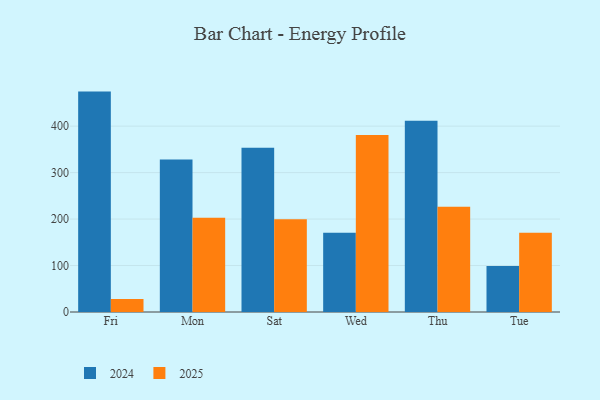
{"axis": {"x": "Day", "y": "Demand Index"}, "legend": ["2024", "2025"], "data": [{"x": "Fri", "y": 474.4, "type": "2024"}, {"x": "Fri", "y": 27.8, "type": "2025"}, {"x": "Mon", "y": 328.3, "type": "2024"}, {"x": "Mon", "y": 203.1, "type": "2025"}, {"x": "Sat", "y": 353.5, "type": "2024"}, {"x": "Sat", "y": 199.4, "type": "2025"}, {"x": "Wed", "y": 170.8, "type": "2024"}, {"x": "Wed", "y": 380.8, "type": "2025"}, {"x": "Thu", "y": 411.6, "type": "2024"}, {"x": "Thu", "y": 226.4, "type": "2025"}, {"x": "Tue", "y": 99.0, "type": "2024"}, {"x": "Tue", "y": 170.7, "type": "2025"}]}